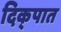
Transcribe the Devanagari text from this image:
दिक्‌पात